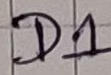
Text: D1